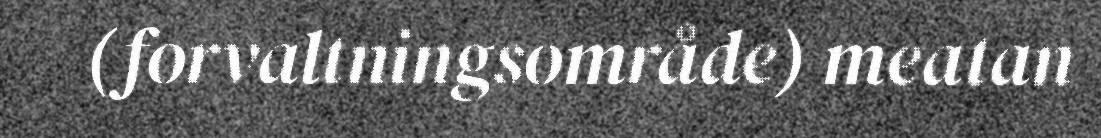
(forvaltningsområde) meatan